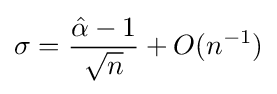
\sigma ={\frac {{\hat {\alpha }}-1}{\sqrt {n}}}+O(n^{-1})